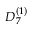
{ D } _ { 7 } ^ { ( 1 ) }